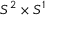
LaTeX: S ^ { 2 } \times S ^ { 1 }